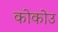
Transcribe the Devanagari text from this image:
कोकोउ